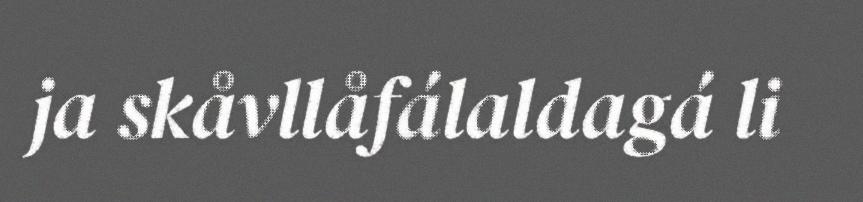
ja skåvllåfálaldagá li